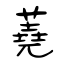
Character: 蕘